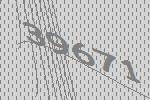
39671